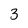
Character: 3